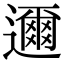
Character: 邇